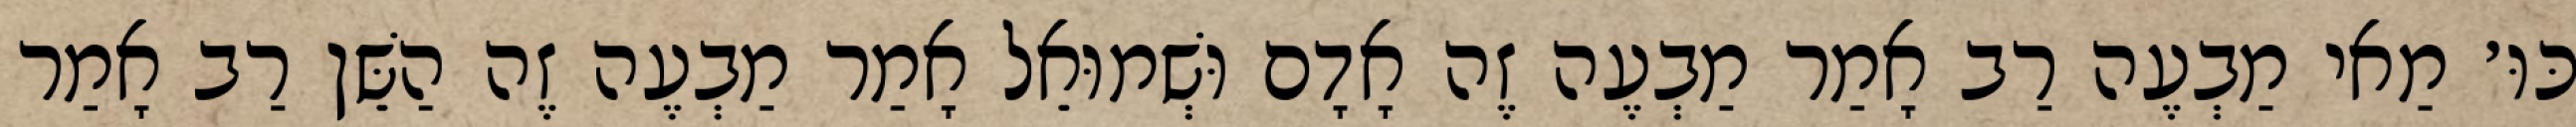
כּוּ׳ מַאי מַבְעֶה רַב אָמַר מַבְעֶה זֶה אָדָם וּשְׁמוּאֵל אָמַר מַבְעֶה זֶה הַשֵּׁן רַב אָמַר